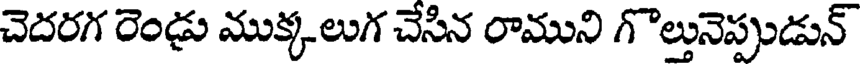
చెదరగ రెండు ముక్కలుగ చేసిన రాముని గొల్తునెప్పుడున్